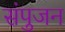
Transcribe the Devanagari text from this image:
संपुजन